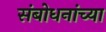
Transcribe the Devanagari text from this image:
संबोधनांच्या